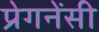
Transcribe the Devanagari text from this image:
प्रेगनेंसी